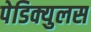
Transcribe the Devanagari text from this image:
पेडिक्युलस